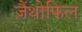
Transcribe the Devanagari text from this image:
ज़ैंथोफिल